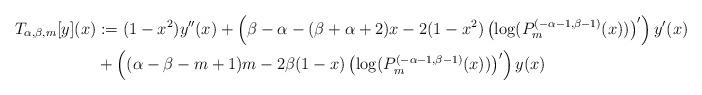
LaTeX: \begin{align*}T_{\alpha,\beta, m}[y](x)&:=(1-x^2)y''(x)+\left(\beta-\alpha-(\beta+\alpha+2)x-2(1-x^2)\left(\log(P_m^{(-\alpha-1,\beta-1)}(x))\right)'\right)y'(x) \\&+\left((\alpha-\beta-m+1)m-2\beta(1-x)\left(\log(P_m^{(-\alpha-1,\beta-1)}(x))\right)'\right)y(x) \end{align*}